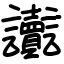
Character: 讟